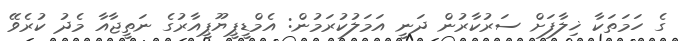
ގެ ހަމަތަކާ ޚިލާފަށް ސަރުކާރުން ދަނީ އަމަލުކުރަމުން: އެމްޑީޕީޔޫޕީއާރުގެ ނަތީޖާއާ މެދު ކުރެވޭ